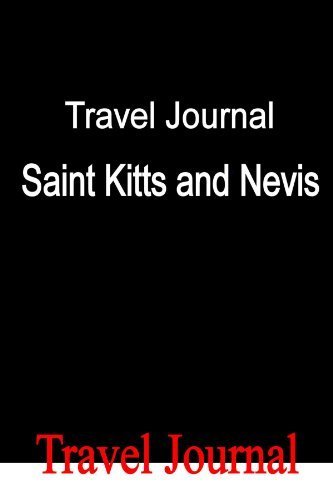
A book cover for Travel Journal Saint Kitts and Nevis by Locken, E (2010) Paperback; E Locken; Travel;